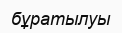
бұратылуы